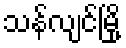
သန်လျင်မြို့